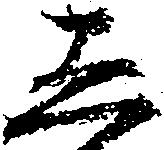
し